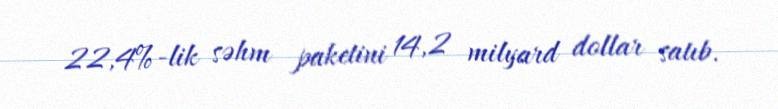
22,4%-lik səhm paketini 14,2 milyard dollar satıb.